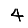
Digit: 4